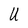
Character: U